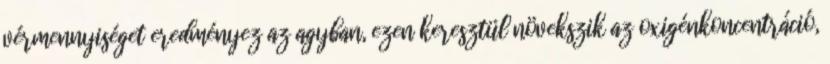
vérmennyiséget eredményez az agyban, ezen keresztül növekszik az oxigénkoncentráció,